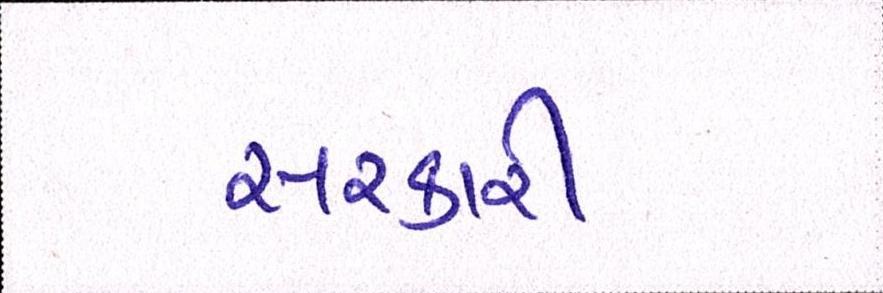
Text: સરકારી